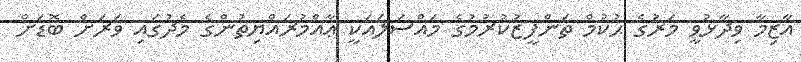
އާޒިމާ ވިދާޅުވީ މަރުގެ ޙުކުމް ތަންފީޒުކުރުމުގެ މައްސަލައަކީ ޢާއްމުރައްޔިތުންގެ މެދުގައި ވަރަށް ބޮޑަށް